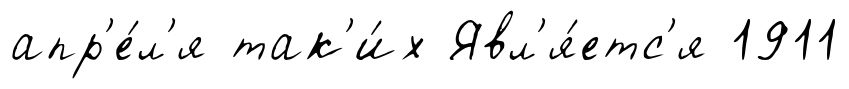
апр'е́л'я так'и́х Явл'я́етс'я 1911